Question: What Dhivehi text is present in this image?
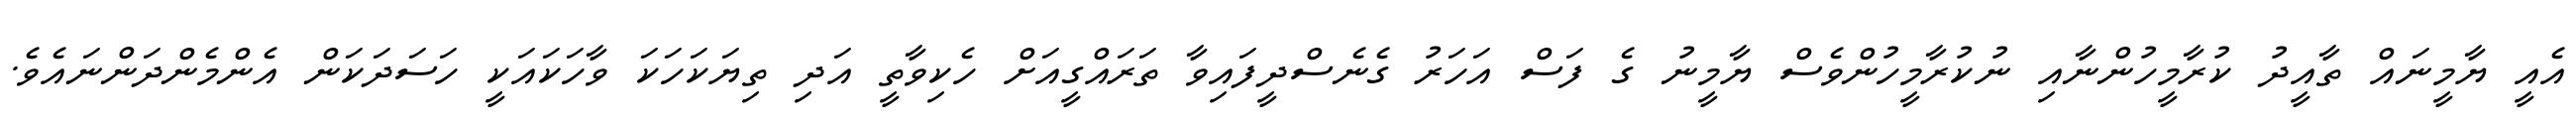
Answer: އެއީ ޔާމީނައް ތާއީދު ކުރާމީހުންނާއި ނުކުރާމީހުންވެސް ޔާމީނު ގެ ފަސް އަހަރު ގެނެސްދީފައިވާ ތަރައްގީއަށް ހެކިވާތީ އަދި ތިޔަކަހަކަ ވާހަކައަކީ ހަސަދަކަން އެންމެންދަންނައެވެ.